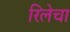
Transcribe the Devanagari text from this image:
रिलेचा